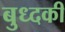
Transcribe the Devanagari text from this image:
बुध्दकी